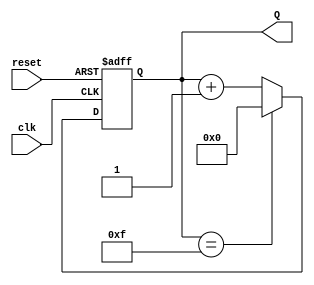
module binary_up_counter #(
    parameter N = 4   // Parameter for counter width (N bits)
)(
    input wire clk,      // Clock input
    input wire reset,    // Asynchronous reset input
    output reg [N-1:0] Q // N-bit output count
);

// Always block for counter functionality
always @(posedge clk or posedge reset) begin
    if (reset) begin
        // Reset the counter to 0
        Q <= 0;
    end else begin
        // Increment the counter
        if (Q == (2**N - 1)) begin
            Q <= 0; // Wrap around to 0
        end else begin
            Q <= Q + 1; // Increment the counter by 1
        end
    end
end

endmodule